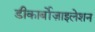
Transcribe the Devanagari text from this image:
डीकार्बोज़ाइलेशन